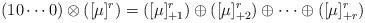
LaTeX: \begin{align*}(1 0\cdots 0) \otimes ([\mu]^r) = ([\mu]^r_{+1}) \oplus ([\mu]^r_{+2}) \oplus \cdots \oplus([\mu]^r_{+r})\end{align*}